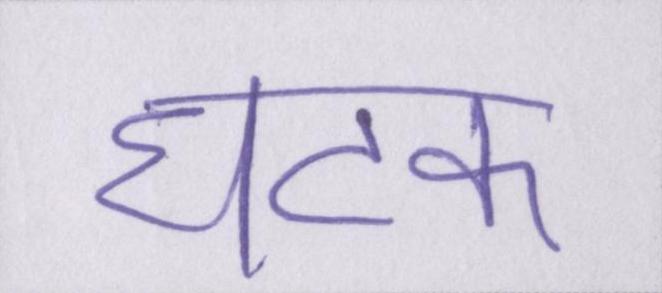
घटक